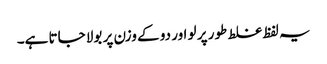
یہ لفظ غلط طور پر لو اور دو کے وزن پر بولا جاتا ہے۔